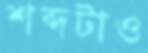
শব্দটাও